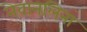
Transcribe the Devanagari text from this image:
नेवानलिना